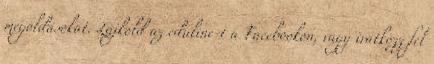
megoldásokat. Lájkold az eduline-t a Facebookon, vagy iratkozz fel